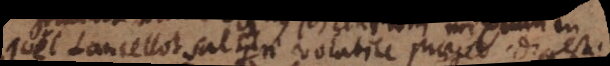
Joel Lancellot sal _ri volatile praeced. digesti.